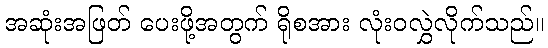
အဆုံးအဖြတ် ပေးဖို့အတွက် ရိုစအား လုံးဝလွှဲလိုက်သည်။